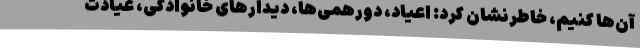
آن‌ها کنیم، خاطرنشان کرد: اعیاد، دورهمی‌ها، دیدارهای خانوادگی، عیادت